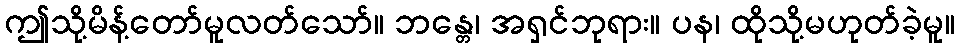
ဤသို့မိန့်တော်မူလတ်သော်။ ဘန္တေ၊ အရှင်ဘုရား။ ပန၊ ထိုသို့မဟုတ်ခဲ့မူ။